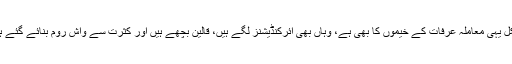
بالکل یہی معاملہ عرفات کے خیموں کا بھی ہے، وہاں بھی ائرکنڈیشنز لگے ہیں، قالین بچھے ہیں اور کثرت سے واش روم بنائے گئے ہیں۔